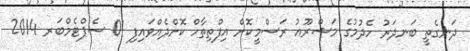
ދަނގެތީ ބަނދަރު ހެދުމުގެ މަޝްރޫޢު ރަސްމީކޮށް އިފްތިތާހް ކޮށްދެއްވައިފި 01 ސެޕްޓެމްބަރ 2014